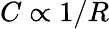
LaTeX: C\propto 1/R